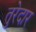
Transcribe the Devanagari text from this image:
तुरेदार